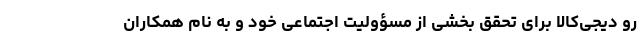
رو دیجی‌کالا برای تحقق بخشی از مسؤولیت اجتماعی خود و به نام همکاران